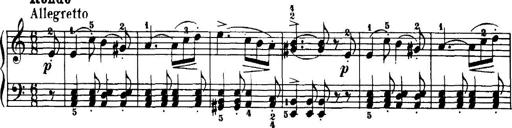
Title: 7 Sonatinas
Composer: Anton Diabelli